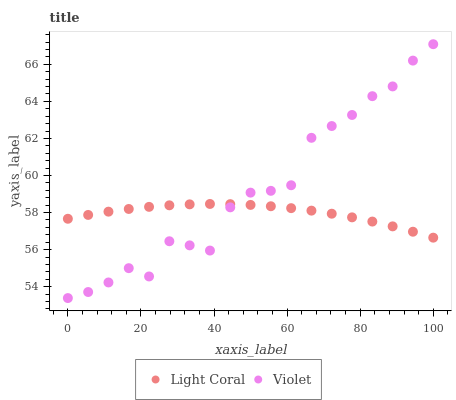
| xaxis_label | Light Coral | Violet |
 | --- | --- | --- |
 | 0 | 57.7 | 53.4 |
 | 5.56 | 57.9 | 53.7 |
 | 11.1 | 58 | 54.2 |
 | 16.7 | 58.2 | 55 |
 | 22.2 | 58.3 | 54.6 |
 | 27.8 | 58.4 | 56.5 |
 | 33.3 | 58.4 | 56.2 |
 | 38.9 | 58.5 | 55.9 |
 | 44.4 | 58.5 | 58.3 |
 | 50 | 58.4 | 59.1 |
 | 55.6 | 58.3 | 59.2 |
 | 61.1 | 58.2 | 59.5 |
 | 66.7 | 58.1 | 62 |
 | 72.2 | 57.9 | 62.7 |
 | 77.8 | 57.7 | 63.3 |
 | 83.3 | 57.5 | 64.3 |
 | 88.9 | 57.3 | 64.8 |
 | 94.4 | 57 | 66.2 |
 | 100 | 56.6 | 67.1 |